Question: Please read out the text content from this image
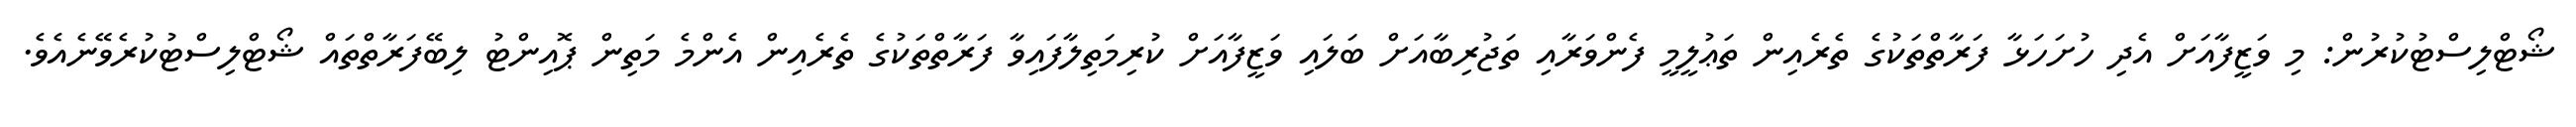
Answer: ޝޯޓްލިސްޓުކުރުން: މި ވަޒީފާއަށް އެދި ހުށަހަޅާ ފަރާތްތަކުގެ ތެރެއިން ތަޢުލީމީ ފެންވަރާއި ތަޖުރިބާއަށް ބަލައި ވަޒީފާއަށް ކުރިމަތިލާފައިވާ ފަރާތްތަކުގެ ތެރެއިން އެންމެ މަތިން ޕޮއިންޓު ލިބޭފަރާތްތައް ޝޯޓްލިސްޓުކުރެވޭނެއެވެ.